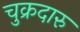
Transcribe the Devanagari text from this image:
चुक्रदारु